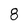
Character: 8